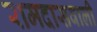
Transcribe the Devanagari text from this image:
रामदासवाली